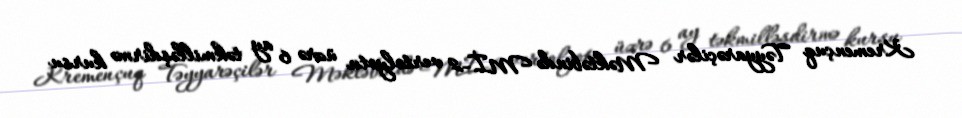
Kremençuq Təyyarəçilər Məktəbində Mİ-2 vertolyotu üzrə 6 ay təkmilləşdirmə kursu